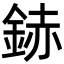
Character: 䤲